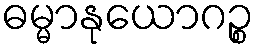
ဓမ္မာနုယောဂဉ္စ